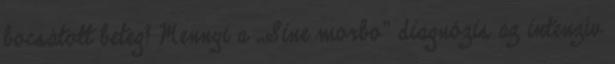
bocsátott beteg? Mennyi a „Sine morbo” diagnózis az intenzív